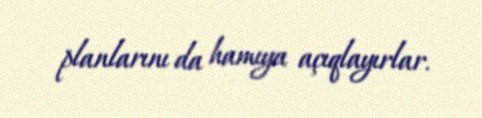
planlarını da hamıya açıqlayırlar.